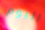
اليوم